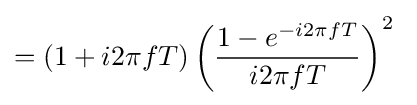
=(1+i2\pi fT)\left({\frac {1-e^{-i2\pi fT}}{i2\pi fT}}\right)^{2}\